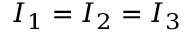
I _ { 1 } = I _ { 2 } = I _ { 3 }